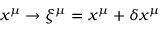
x ^ { \mu } \rightarrow \xi ^ { \mu } = x ^ { \mu } + \delta x ^ { \mu }